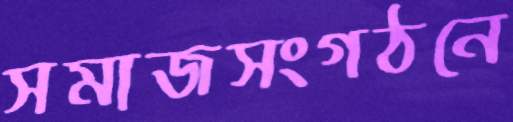
সমাজসংগঠনে